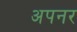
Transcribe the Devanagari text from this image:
अपनर